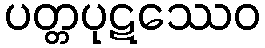
ပတ္တပုဋဿေဝ